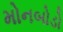
મોનબોડો